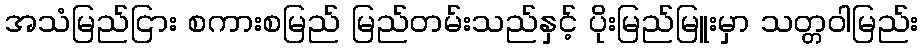
အသံမြည်ငြား စကားစမြည် မြည်တမ်းသည်နှင့် ပိုးမြည်မြူးမှာ သတ္တဝါမြည်း